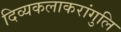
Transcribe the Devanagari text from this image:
दिव्यकलाकरांगुलि